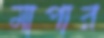
মাপার